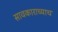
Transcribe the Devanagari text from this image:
सावकाराच्याच